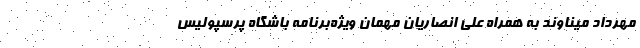
مهرداد میناوند به همراه علی انصاریان مهمان ویژه‌برنامه باشگاه پرسپولیس